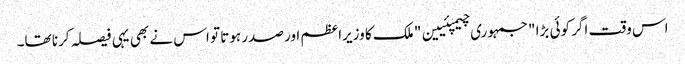
اس وقت اگر کوئی بڑا "جمہوری چیمپئیین" ملک کا وزیراعظم اور صدر ہوتا تو اس نے بھی یہی فیصلہ کرنا تھا۔